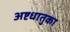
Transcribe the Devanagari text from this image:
अष्टधातुका